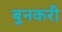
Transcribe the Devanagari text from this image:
बुनकरी